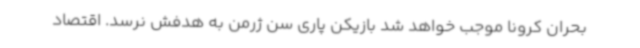
بحران کرونا موجب خواهد شد بازیکن پاری سن ژرمن به هدفش نرسد. اقتصاد